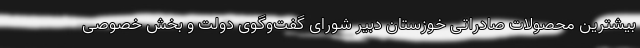
بیشترین محصولات صادراتی خوزستان دبیر شورای گفت‌وگوی دولت و بخش خصوصی